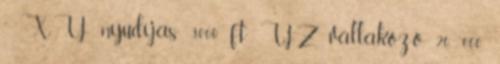
” XY nyudíjas 3000 ft YZ vállakozó 20 000